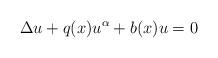
LaTeX: \begin{align*}\displaystyle \Delta u +q(x)u^\alpha + b(x)u = 0\end{align*}